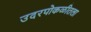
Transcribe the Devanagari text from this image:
उदरपोकळीतला